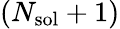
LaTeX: (N_{\mathrm{sol}}+1)